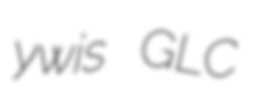
ywis GLC